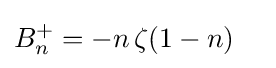
B_{n}^{+}=-n\,\zeta (1-n)\quad